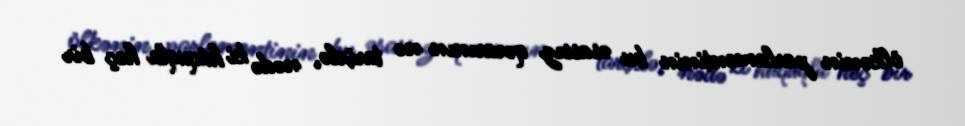
ölkənin parlamentinin bu əsassız qərarının nə tarixlə, nədə ki hüquqla heç bir